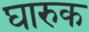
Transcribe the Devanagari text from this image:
घारुक